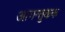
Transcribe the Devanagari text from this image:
आगन्तुकक